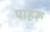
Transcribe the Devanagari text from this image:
पाहरू